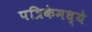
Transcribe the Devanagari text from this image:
पत्रिकेमध्ये